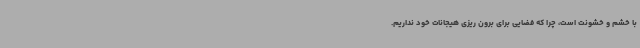
با خشم و خشونت است، چرا که فضایی برای برون ریزی هیجانات خود نداریم.